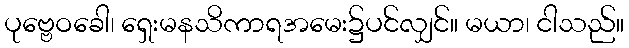
ပုဗ္ဗေဝခေါ၊ ရှေးမနသိကာရအမေး၌ပင်လျှင်။ မယာ၊ ငါသည်။